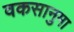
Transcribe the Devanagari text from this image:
वकसानुमा